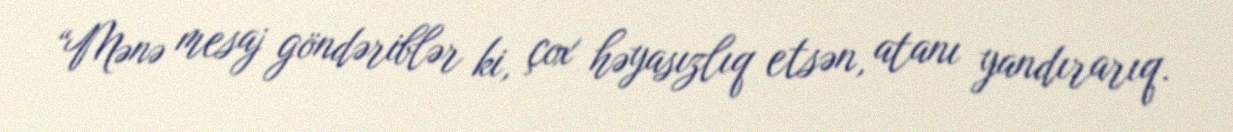
“Mənə mesaj göndəriblər ki, çox həyasızlıq etsən, atanı yandırarıq.